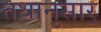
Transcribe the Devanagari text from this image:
तथानुसार्